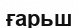
ғарьш